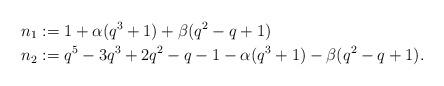
LaTeX: \begin{align*}n_1 &:= 1+\alpha(q^3+1)+\beta (q^2-q+1) \\n_2 &:= q^5-3q^3+2q^2-q-1-\alpha(q^3+1)-\beta (q^2-q+1).\end{align*}